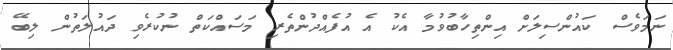
ނަމަވެސް ކައުންސިލަށް އިންތިހާބުވުމާ އެކު އެ އުފެއްދުންތެރި މަސައްކަތް ނުކުރެވި ދައުލަތުން ލިބޭ